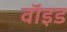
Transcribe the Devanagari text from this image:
वाॅइड